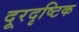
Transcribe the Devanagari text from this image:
दूरदृष्टिक